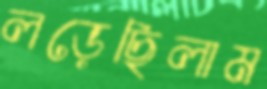
লড়েছিলাম